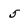
Character: 5